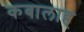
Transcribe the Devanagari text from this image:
कबालाह